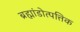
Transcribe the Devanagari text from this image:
ब्रह्मांडोत्पत्तिक